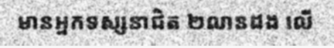
មានអ្នកទស្សនាជិត ២លានដង លើ